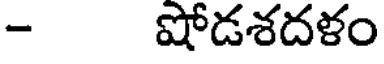
- షోడశదళం